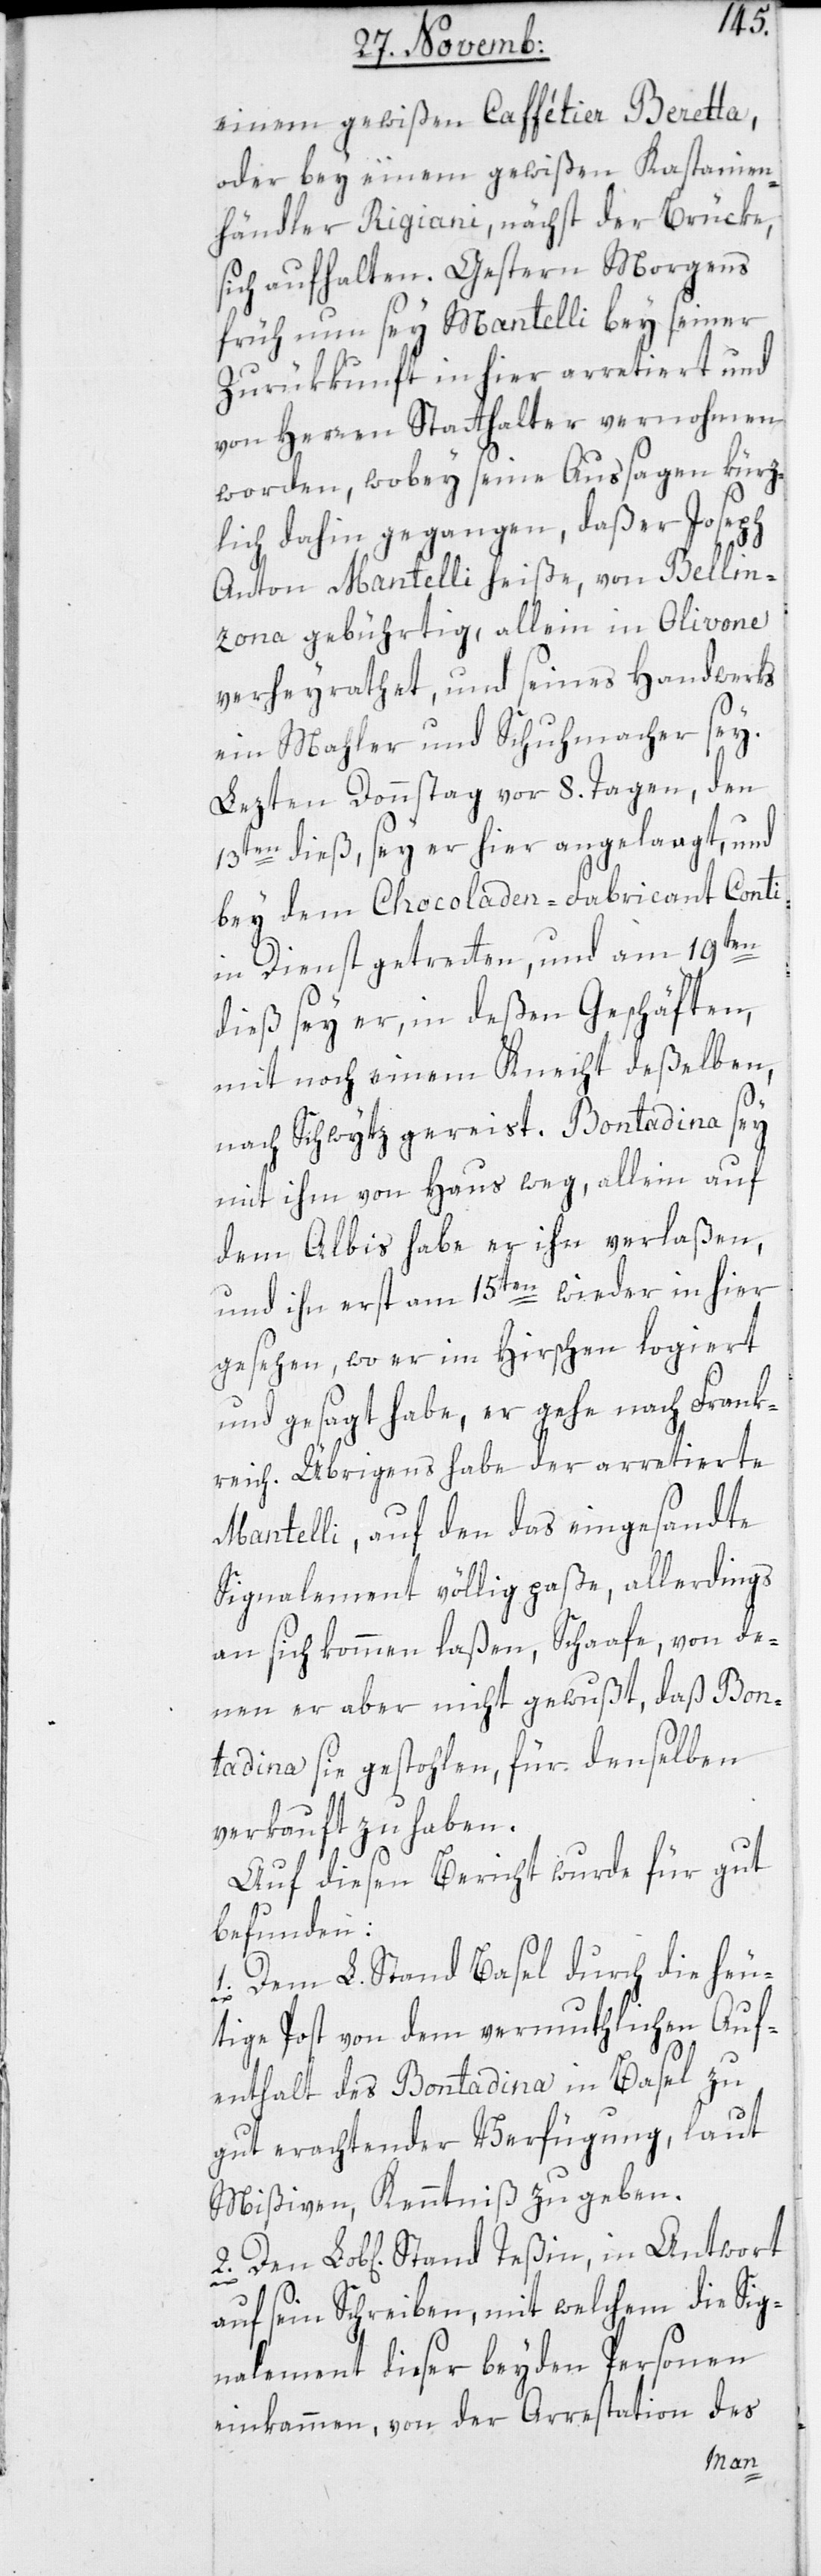
einem gewißen Caffétier Beretta,
oder bey einem gewißen Kastanien¬
händler Rigiani, nächst der Brücke,
sich aufhalten. Gestern Morgens
früh nun sey Mantelli bey seiner
Zurükkunft in hier arretiert und
von Herren Statthalter vernommen
worden, wobey seine Aussagen kürz¬
lich dahin gegangen, daß er Joseph
Anton Mantelli heiße, von Bellin¬
zona gebührtig, allein in Olivone
verheyrathet, und seines Handwerks
ein Mahler und Schuhmacher sey.
Lezten Donnstag vor 8. Tagen, den
13ten dieß, sey er hier angelangt, und
bey dem Chocoladen-Fabricant Conti
in Dienst getreten, und am 19ten
dieß sey er, in deßen Geschäften,
mit noch einem Knecht deßelben,
nach Schwytz gereist. Bontadina sey
mit ihm von Haus weg, allein auf
dem Albis habe er ihn verlaßen,
und ihn erst am 15ten wieder in hier
gesehen, wo er im Hirschen logiert
und gesagt habe, er gehe nach Frankr¬
Mantelli, auf den das eingesandte
Signalement völlig paße, allerdings
an sich kommen laßen, Schaafe, von de¬
nen er aber nicht gewußt, daß Bon¬
tadina sie gestohlen, für denselben
verkauft zu haben.
Auf diesen Bericht wurde für gut
befunden:
1. Dem L. Stand Basel durch die heu¬
tige Post von dem vermuthlichen Auf¬
enthalt des Bontadina in Basel zu
gut erachtender Verfügung, laut
Mißiven Kenntniß zu geben.
in
auf seyn Schreiben, mit welchem die Sig¬
nalement dieser beyden Personen
einkammen, von der Arrestation des
Stand